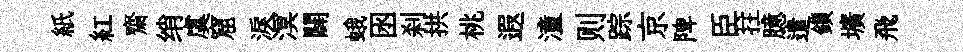
紙紅齋绡虞窟淚溟闢蛾囦刹拱桃遐潼则踪京陴臣拄臆遣鎻壙飛